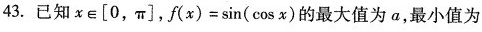
43.已知x\in [0,π],$$f ( x ) = \sin ( \cos x )$$的最大值为a,最小值为